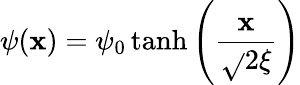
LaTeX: \psi(\mathbf{x})=\psi_{0}\operatorname{tanh}\left({\frac{{\mathbf{x}}}{{{\sqrt{}{{2}}}\xi}}}\right)